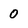
Character: 0